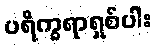
ပရိက္ခရာရှစ်ပါး